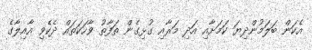
އެކަން ބަލަމުންދިޔަ ކަމަށާއި އަދި މަރާއި ގުޅިގެން ތަފާތު ވާހަކަތައް ދެކެވި އާއިލާގެ